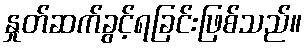
နှုတ်ဆက်ခွင့်ရခြင်းဖြစ်သည်။